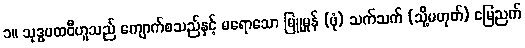
၁။ သုဒ္ဓပထဝီဟူသည် ကျောက်စသည်နှင့် မရောသော မြူမှုန် (ဖုံ) သက်သက် (သို့မဟုတ်) မြေညက်